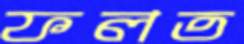
ফলত